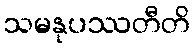
သမနုပဿတီတိ